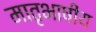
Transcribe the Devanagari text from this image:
मातृभाषीय